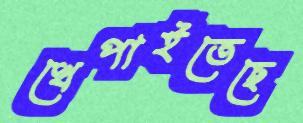
খেপাইতেছে